画像に写った文字を読んでください
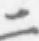
「二」と書いてあります